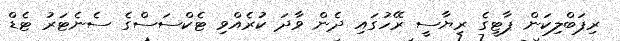
ރިޕަބްލިކަން ޕާޓީގެ ރިޔާސީ ރޭހުގައި ދެން ވާދަ ކުރެއްވި ޓެކްސަސްގެ ސެނެޓަރު ޓެޑް